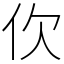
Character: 㐸